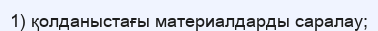
1) қолданыстағы материалдарды саралау;